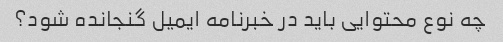
چه نوع محتوایی باید در خبرنامه ایمیل گنجانده شود؟